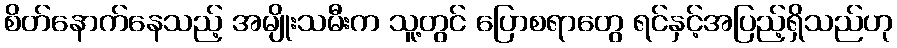
စိတ်နောက်နေသည့် အမျိုးသမီးက သူ့တွင် ပြောစရာတွေ ရင်နှင့်အပြည့်ရှိသည်ဟု